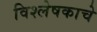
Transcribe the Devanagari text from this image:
विश्लेषकाचे